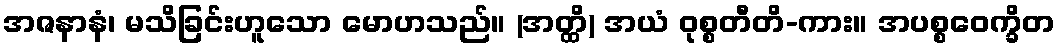
အဇနာနံ၊ မသိခြင်းဟူသော မောဟသည်။ (အတ္ထိ) အယံ ဝုစ္စတီတိ-ကား။ အပစ္စဝေက္ခိတ